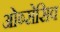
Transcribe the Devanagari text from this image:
ओब्सेसिव